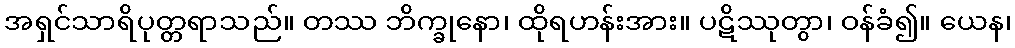
အရှင်သာရိပုတ္တရာသည်။ တဿ ဘိက္ခုနော၊ ထိုရဟန်းအား။ ပဋိဿုတွာ၊ ဝန်ခံ၍။ ယေန၊